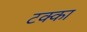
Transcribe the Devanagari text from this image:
टक्‍का